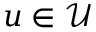
u \in \mathcal { U }